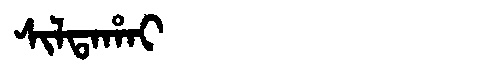
Manchu: ᠰᡳᠯᡨᠠᡥᠠᡳ
Romanization: SILTAHAI